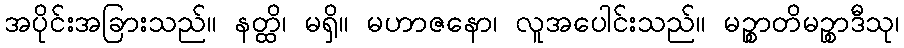
အပိုင်းအခြားသည်။ နတ္ထိ၊ မရှိ။ မဟာဇနော၊ လူအပေါင်းသည်။ မဉ္စာတိမဉ္စာဒီသု၊